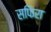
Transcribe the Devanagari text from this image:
सफिरा